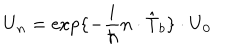
\mathrm { U } _ { n } = \exp \{ - \frac { i } { \hbar } n \cdot \hat { \mathrm { T } } _ { b } \} \cdot \mathrm { U } _ { 0 }